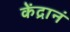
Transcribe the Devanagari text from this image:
केंद्रानं